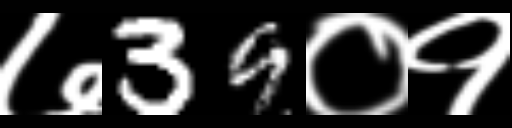
Text: ७39०१